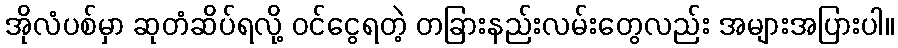
အိုလံပစ်မှာ ဆုတံဆိပ်ရလို့ ဝင်ငွေရတဲ့ တခြားနည်းလမ်းတွေလည်း အများအပြားပါ။